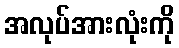
အလုပ်အားလုံးကို